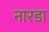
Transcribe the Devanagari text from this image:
नारडा